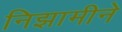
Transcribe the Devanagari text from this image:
निझामीने